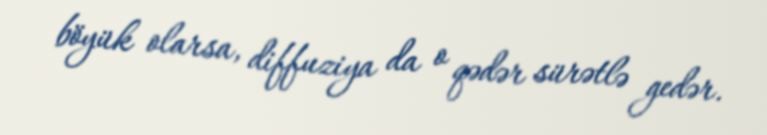
böyük olarsa, diffuziya da o qədər sürətlə gedər.